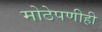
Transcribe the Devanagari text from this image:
मोठेपणीही